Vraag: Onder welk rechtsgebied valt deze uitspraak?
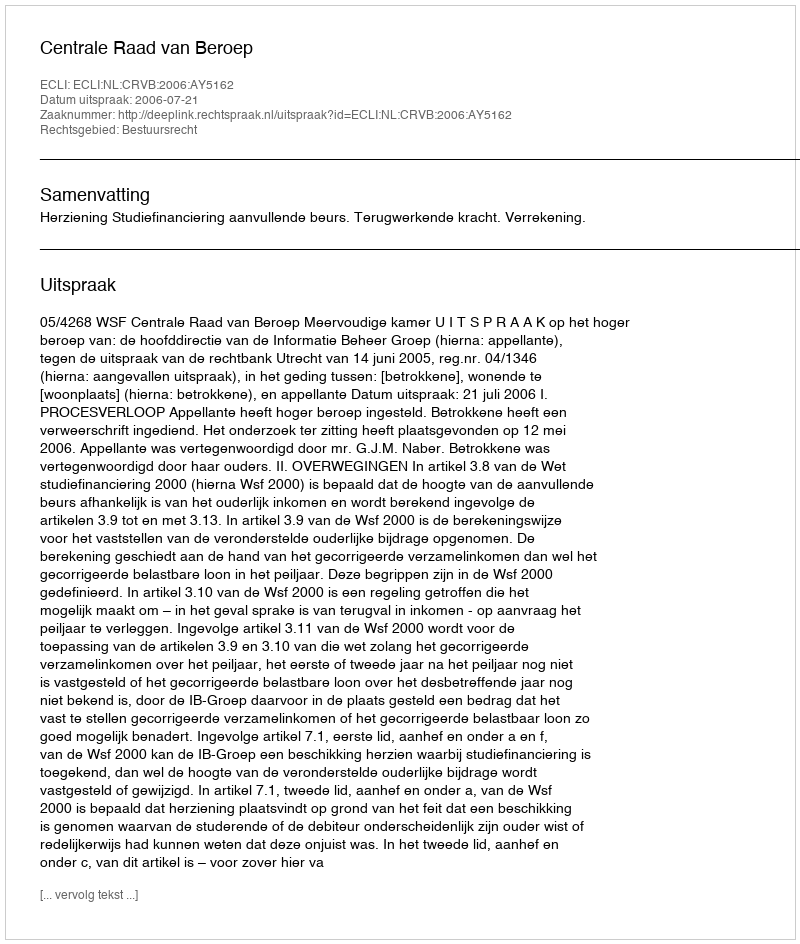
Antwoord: Bestuursrecht